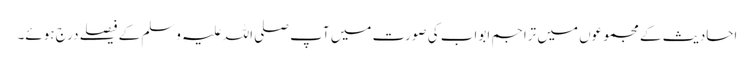
احادیث کے مجموعوں میں تراجم ابواب کی صورت میں آپ صلی اللہ علیہ وسلم کے فیصلے درج ہوئے۔